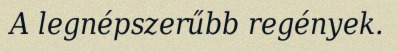
A legnépszerűbb regények.